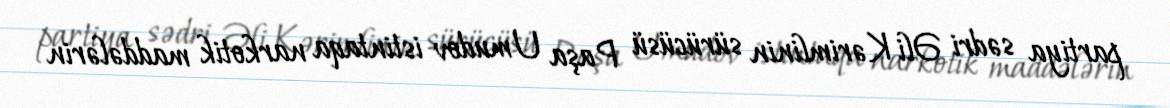
partiya sədri Əli Kərimlinin sürücüsü Paşa Umudov istintaqa narkotik maddələrin